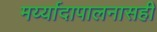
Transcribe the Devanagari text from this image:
मर्य्यादापालनासही